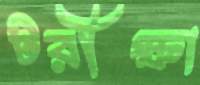
টরীক্ষা